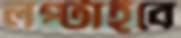
লপ্‌টাইবে